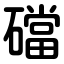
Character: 礑